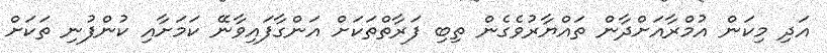
އަދި މިކަން އުމްރާއަށްދާން ތައްޔާރުވެގެން ތިބި ފަރާތްތަކަށް އަންގާފައިވާނޭ ކަމަށާއި ކުންފުނި ތަކަށް